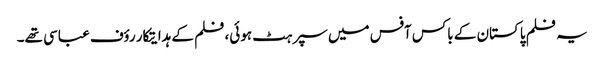
یہ فلم پاکستان کے باکس آفس میں سپر ہٹ ہوئی، فلم کے ہدایتکار رؤف عباسی تھے۔